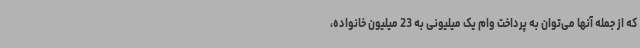
که از جمله آنها می‌توان به پرداخت وام یک میلیونی به 23 میلیون خانواده،